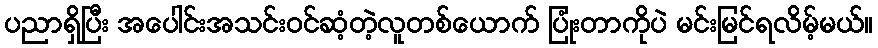
ပညာရှိပြီး အပေါင်းအသင်းဝင်ဆံ့တဲ့လူတစ်ယောက် ပြုံးတာကိုပဲ မင်းမြင်ရလိမ့်မယ်။